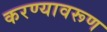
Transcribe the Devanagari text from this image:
करण्यावरूण